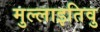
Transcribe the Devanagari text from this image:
मुल्लाइतिवु